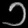
Digit: ၁